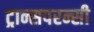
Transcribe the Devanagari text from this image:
ट्रान्सपरन्सी